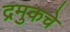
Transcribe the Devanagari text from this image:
द्रमुकचे